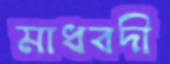
মাধবদী